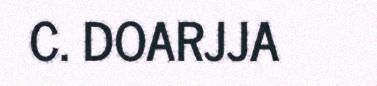
C. DOARJJA